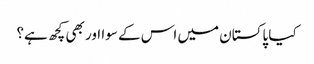
کیا پاکستان میں اس کے سوا اور بھی کچھ ہے؟